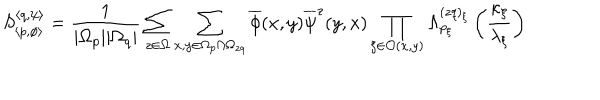
S _ { \left\langle p , \phi \right\rangle } ^ { \left\langle q , \psi \right\rangle } = \frac { 1 } { | \Omega _ { p } | | \Omega _ { q } | } \sum _ { z \in \Omega } \sum _ { x , y \in \Omega _ { p } \cap \Omega _ { z q } } \overline { { { \phi } } } ( x , y ) \overline { { { \psi } } } ^ { z } ( y , x ) \prod _ { \xi \in \mathcal { O } ( x , y ) } \Lambda _ { p _ { \xi } } ^ { ( z q ) _ { \xi } } \left( \frac { \kappa _ { \xi } } { \lambda _ { \xi } } \right)